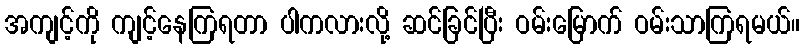
အကျင့်ကို ကျင့်နေကြရတာ ပါကလားလို့ ဆင်ခြင်ပြီး ဝမ်းမြောက် ဝမ်းသာကြရမယ်။